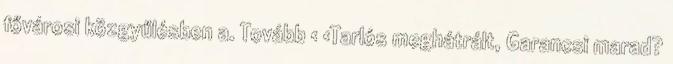
fővárosi közgyűlésben a. Tovább › ›Tarlós meghátrált, Garancsi marad?